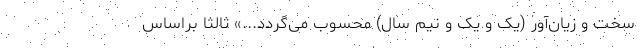
سخت و زیان‌آور (یک و یک و نیم سال) محسوب می‌گردد...» ثالثاً براساس